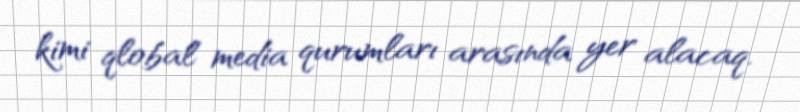
kimi qlobal media qurumları arasında yer alacaq.